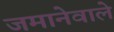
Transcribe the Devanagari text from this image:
जमानेवाले